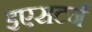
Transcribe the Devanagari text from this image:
इएसटर्न